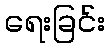
ရေးခြင်း